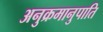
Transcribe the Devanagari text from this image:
अनुक्रमानुपाति